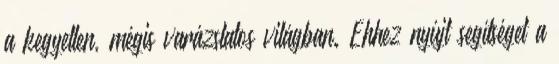
a kegyetlen, mégis varázslatos világban. Ehhez nyújt segítséget a